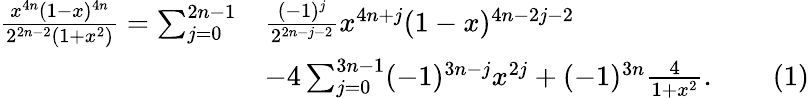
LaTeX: {\begin{array}{rl}{{\frac{x^{4n}(1-x)^{4n}}{2^{2n-2}(1+x^{2})}}=\sum_{j=0}^{2n-1}}&{{\frac{(-1)^{j}}{2^{2n-j-2}}}x^{4n+j}(1-x)^{4n-2j-2}}\\ &{-4\sum_{j=0}^{3n-1}(-1)^{3n-j}x^{2j}+(-1)^{3n}{\frac{4}{1+x^{2}}}.\qquad(1)}\end{array}}